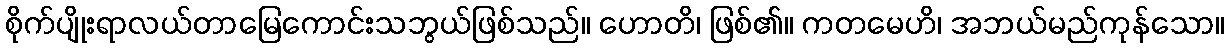
စိုက်ပျိုးရာလယ်တာမြေကောင်းသဘွယ်ဖြစ်သည်။ ဟောတိ၊ ဖြစ်၏။ ကတမေဟိ၊ အဘယ်မည်ကုန်သော။